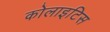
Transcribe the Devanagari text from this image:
कोलाइटिस